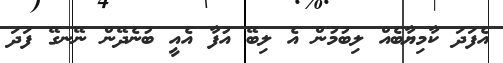
އެފަދަ ކާމިޔާބެއް ލިބުމުން އެ ލިބޭ އުފާ އެއީ ބުނެދޭން ނޭނގޭ ފަދަ